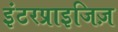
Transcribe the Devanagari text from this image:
इंटरप्राइजिज़